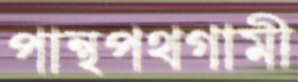
পান্থপথগামী